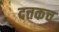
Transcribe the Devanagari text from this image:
दत्तकच